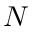
N